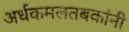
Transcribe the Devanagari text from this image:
अर्धकमलतबकांनी